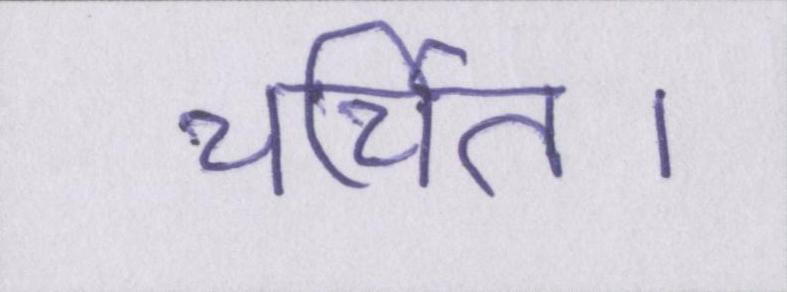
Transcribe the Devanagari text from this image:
चर्चित।